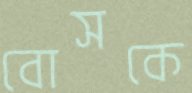
বোসকে